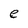
Character: e